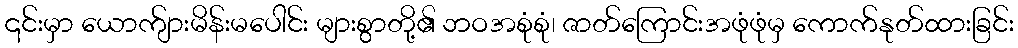
၎င်းမှာ ယောက်ျားမိန်းမပေါင်း များစွာတို့၏ ဘဝအစုံစုံ၊ ဇာတ်ကြောင်းအဖုံဖုံမှ ကောက်နုတ်ထားခြင်း